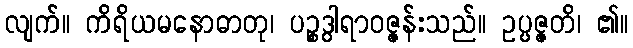
လျက်။ ကိရိယမနောဓာတု၊ ပဉ္စဒွါရာဝဇ္ဇန်းသည်။ ဥပ္ပဇ္ဇတိ၊ ၏။